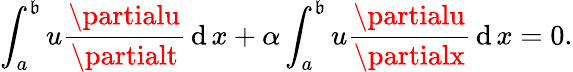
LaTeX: \int_{a}^{\mathfrak{b}}u{\frac{{\partialu}}{{\partialt}}}\operatorname{d}x+\alpha\int_{a}^{\mathfrak{b}}u{\frac{{\partialu}}{{\partialx}}}\operatorname{d}x=0.